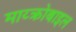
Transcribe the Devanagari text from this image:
माय्क्रोबाइल